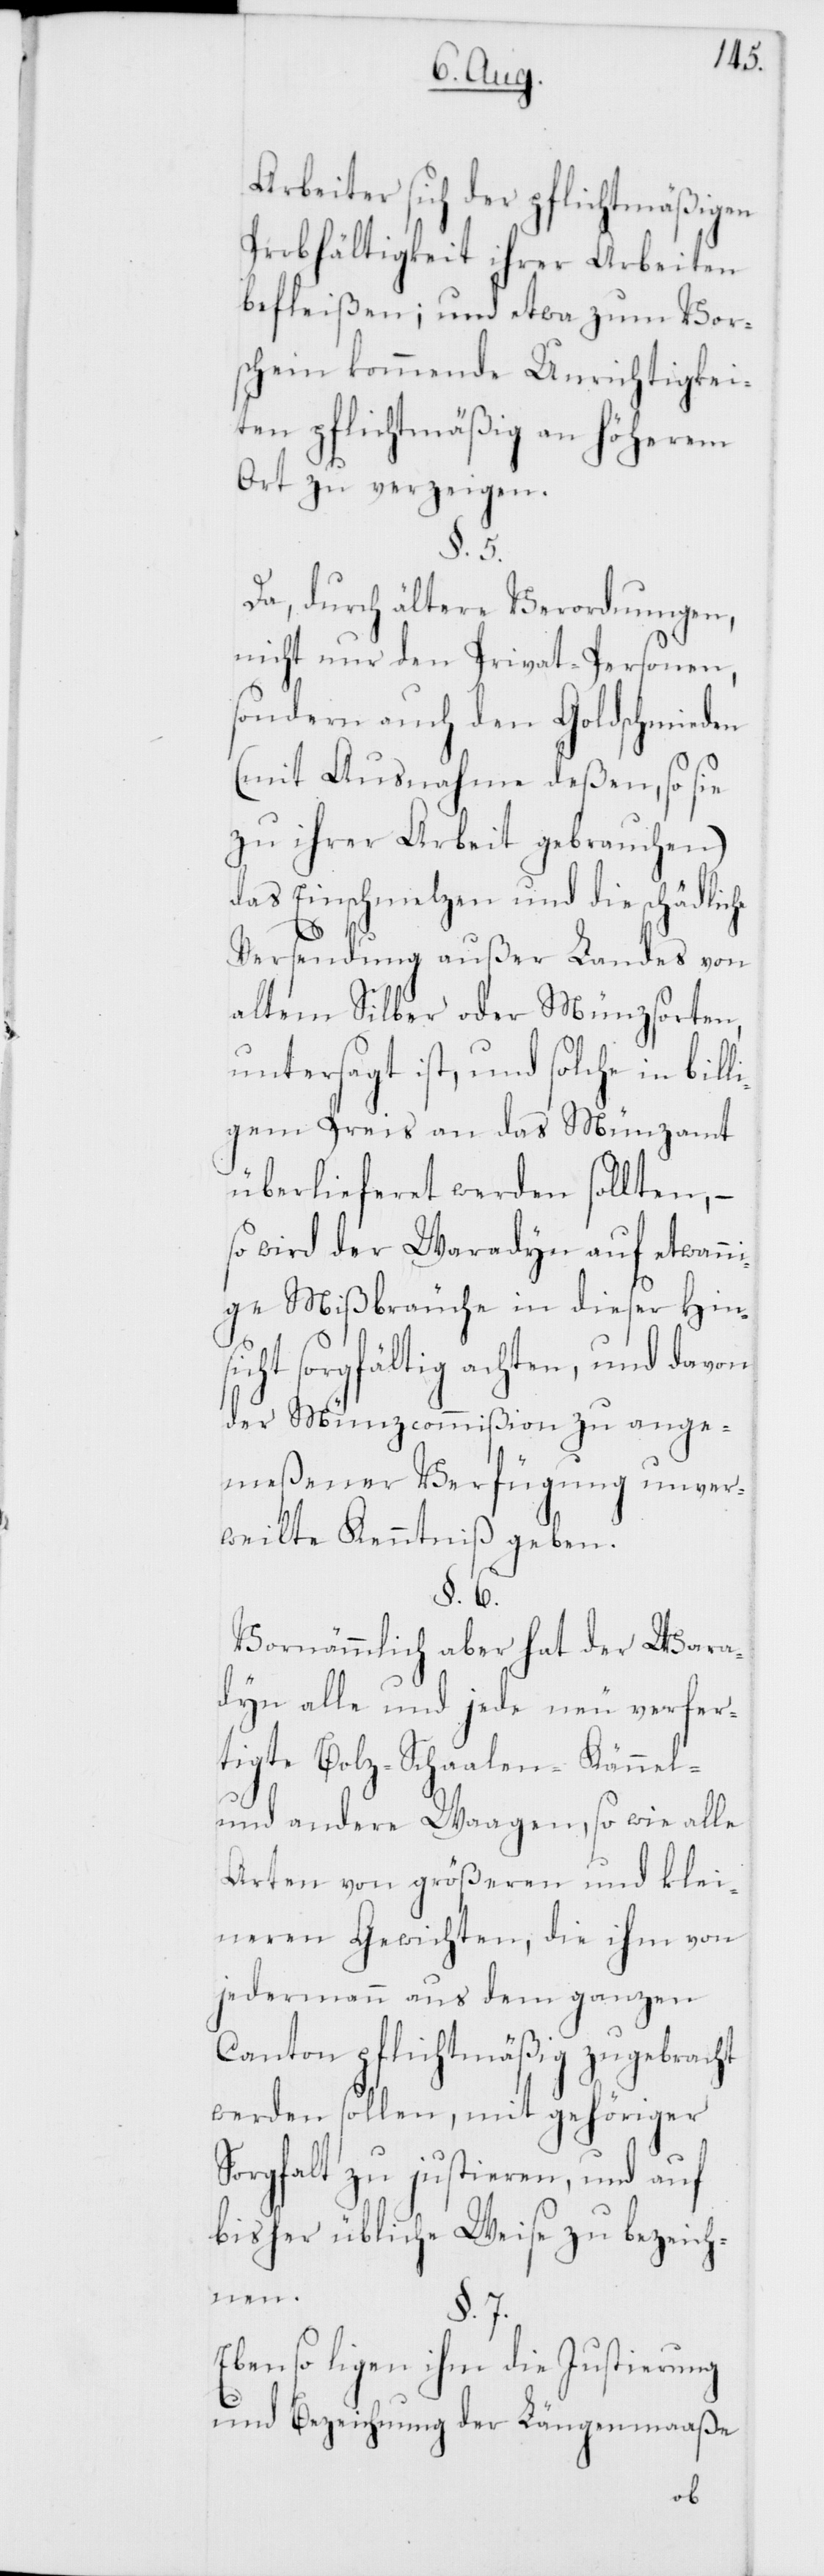
tigte
Arbeiter sich der pflichtmäßigen
Probhältigkeit ihrer Arbeiten
befleißen; und etwa zum Vor¬
schein kommende Unrichtigkei¬
ten pflichtmäßig an höherem
Ort zu verzeigen.
§. 5.
Da, durch ältere Verordnungen,
nicht nur den Privat-Personen,
sondern auch den Goldschmieden
(mit Ausnahme deßen, so sie
zu ihrer Arbeit gebrauchen)
das Einschmelzen und die schädliche
Versendung außer Landes von
allem Silber oder Münzsorten,
untersagt ist, und solche in bil¬
gem Preis an das Münzamt
überlieferet werden sollten, –
so wird der Waradyn auf etwann¬
ige Mißbräuche in dieser Hin¬
sicht sorgfältig achten, und davon
der Münzcommißion zu ange¬
meßener Verfügung unver¬
weilte Kenntniß geben.
§. 6.
Vornehmlich aber hat der Wara¬
dyn alle und jede neu verfer¬
und andere Waagen, so wie alle
Arten von größeren und klei¬
neren Gewichten, die ihm von
jedermann aus dem ganzen
Canton pflichtmäßig zugebracht
werden sollen, mit gehöriger
Sorgfalt zu justieren, und auf
bisher übliche Weise zu bezeich¬
nen.
§. 7.
Ebenso ligen ihm die Justierung
und Bezeichnung der Längemaaße